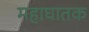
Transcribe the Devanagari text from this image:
महाघातक